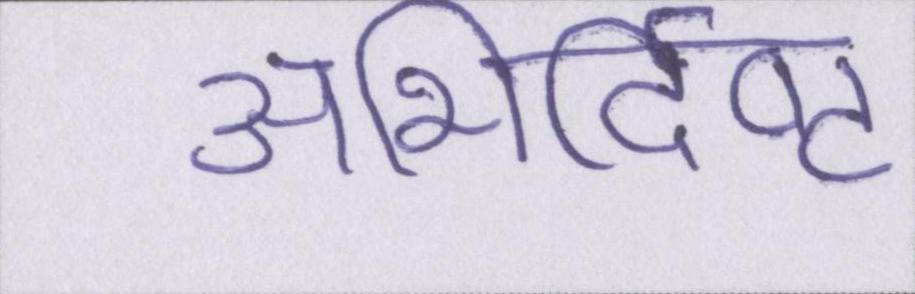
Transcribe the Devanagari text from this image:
अभिर्दिष्ट